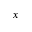
_ x